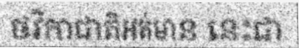
ថវិកាជាតិអត់មាន នេះជា